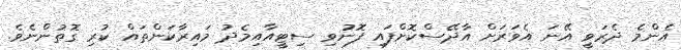
އެންމެ ދެރަވީ އޭނަ އެވަރަށް އާދޭސްކޮށްފައި ފޮނުވި ސިޓީއާއިމެދު މައިރާކަންތައް ކުރި ގޮތުންނެވެ.